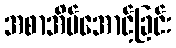
အစာအိမ်အောင့်ခြင်း